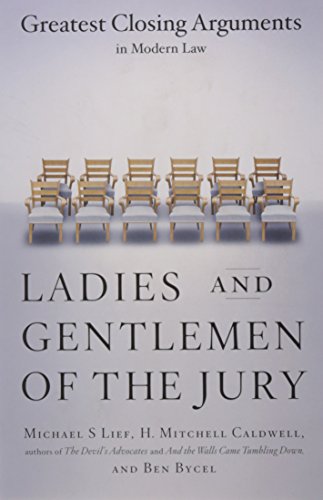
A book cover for Ladies And Gentlemen Of The Jury: Greatest Closing Arguments In Modern Law; Michael S Lief; Law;